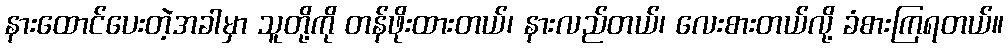
နားထောင်ပေးတဲ့အခါမှာ သူတို့ကို တန်ဖိုးထားတယ်၊ နားလည်တယ်၊ လေးစားတယ်လို့ ခံစားကြရတယ်။